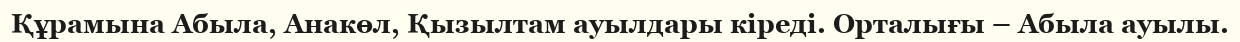
Құрамына Абыла, Анакөл, Қызылтам ауылдары кіреді. Орталығы – Абыла ауылы.